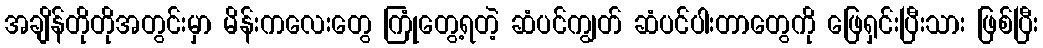
အချိန်တိုတိုအတွင်းမှာ မိန်းကလေးတွေ ကြုံတွေ့ရတဲ့ ဆံပင်ကျွတ် ဆံပင်ပါးတာတွေကို ဖြေရှင်းပြီးသား ဖြစ်ပြီး